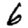
Digit: 6